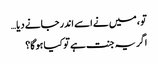
تو ، میں نے اسے اندر جانے دیا…
اگر یہ جنت ہے تو کیا ہوگا؟